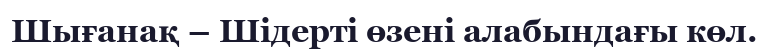
Шығанақ – Шідерті өзені алабындағы көл.